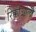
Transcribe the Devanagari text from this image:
रिक्कीओली